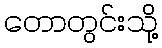
တောတွင်းသို့